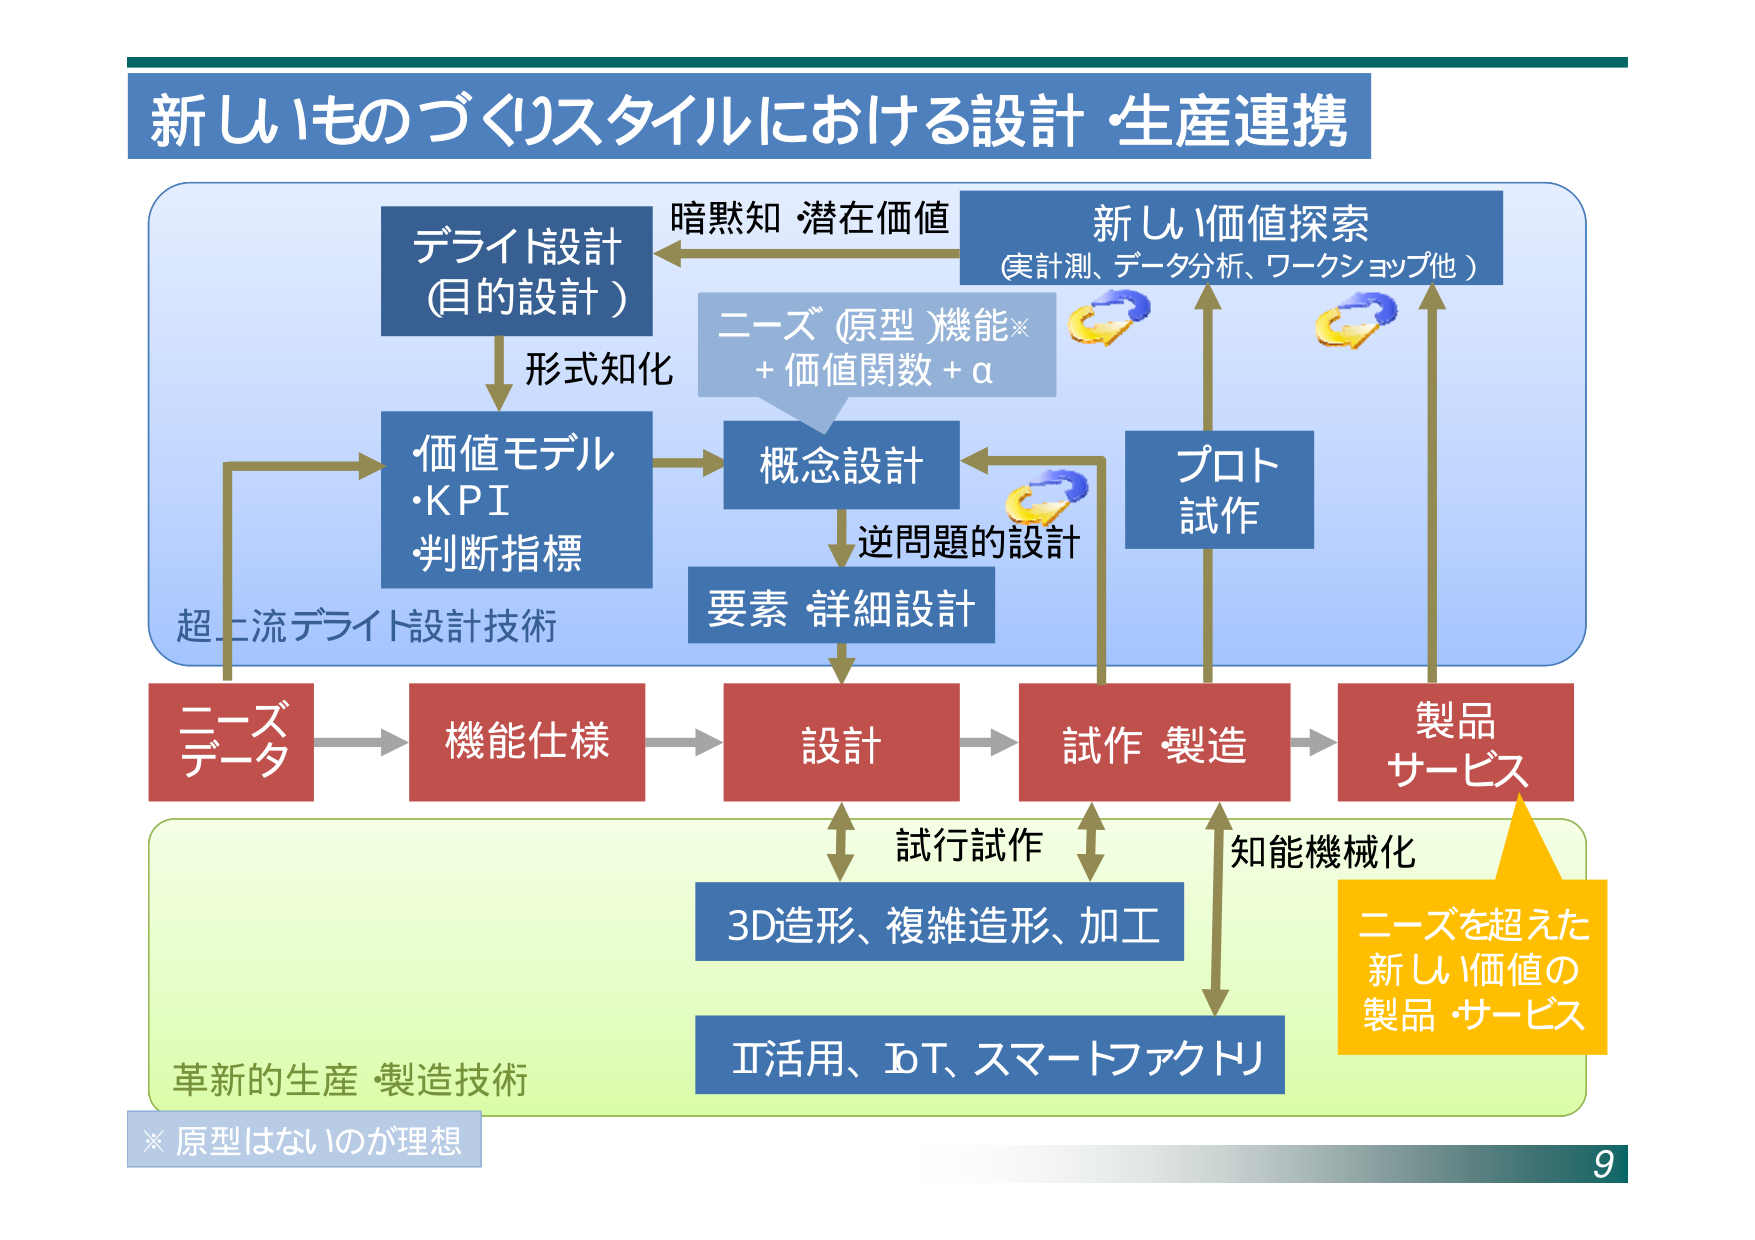
新しいものづくりスタイルにおける設計・生産連携

デライト設計
(目的設計)

暗黙知・潜在価値

新しい価値探索
(実計測、データ分析、ワークショップ他)

ニーズ(原型)機能※
+価値関数 + α

形式知化

価値モデル
・KPI
・判断指標

概念設計

逆問題的設計

プロト
試作

要素・詳細設計

超上流デライト設計技術

ニーズ
データ

機能仕様

設計

試作・製造

製品
サービス

試行試作

知能機械化

3D造形、複雑造形、加工

II活用、IoT、スマートファクトリ

革新的生産・製造技術

※ 原型はないのが理想

ニーズを超えた
新しい価値の
製品・サービス

9